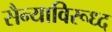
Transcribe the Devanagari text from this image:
सैन्याविरूध्द